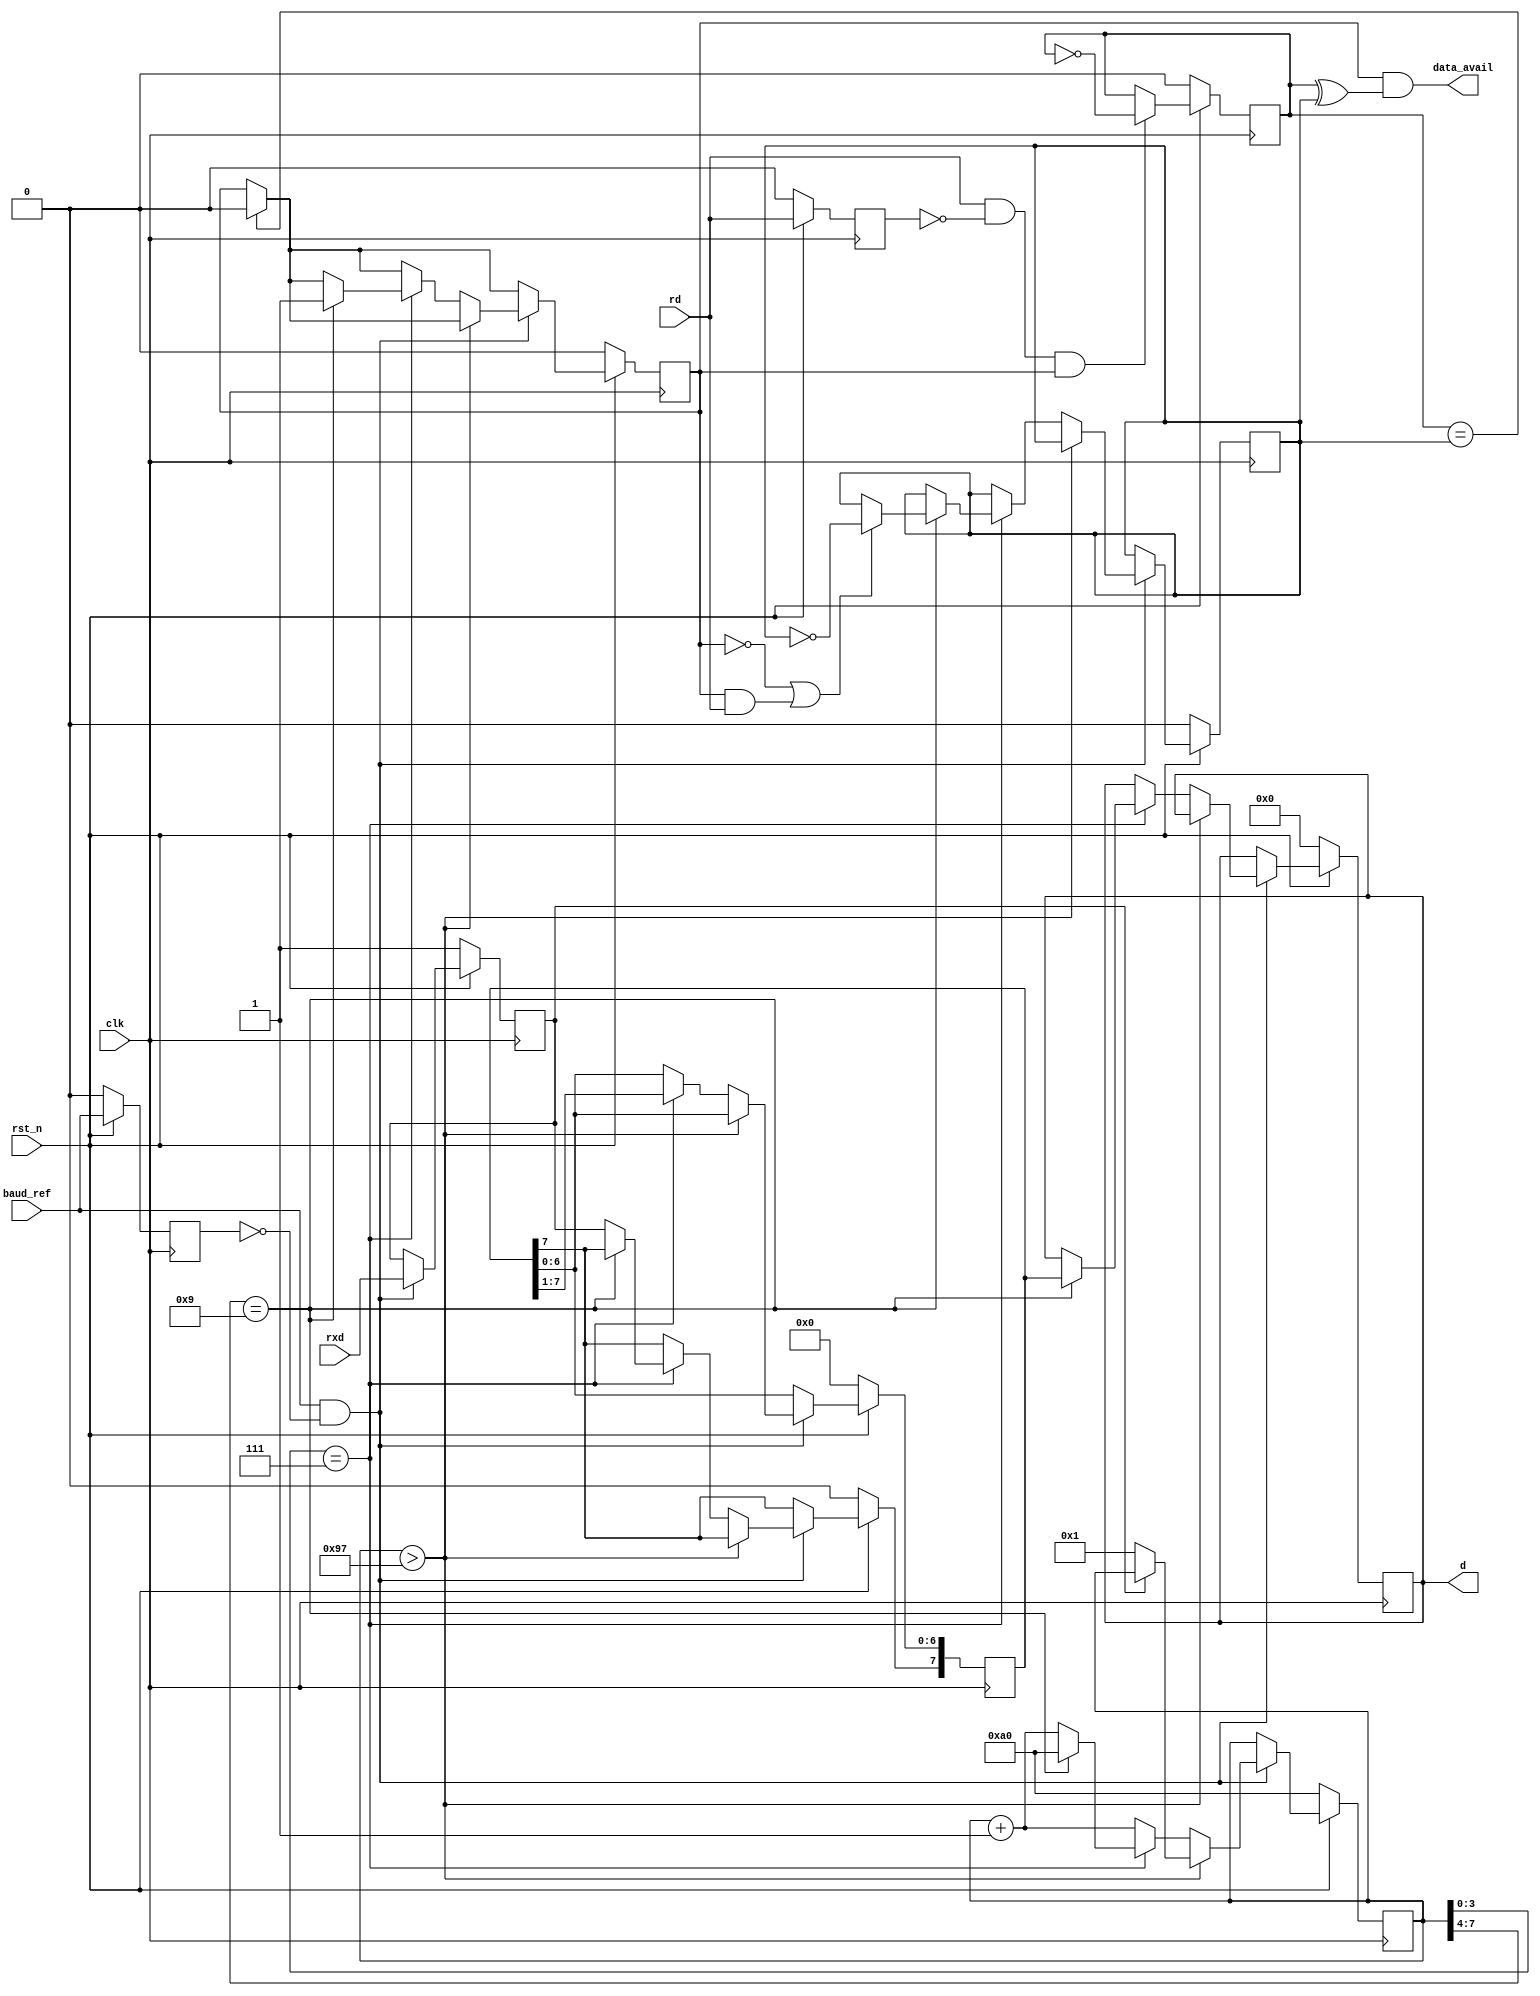
// This program was cloned from: https://github.com/kdp1965/tt06-um-lisa
// License: Apache License 2.0

/*
================================================================================
lisa_rx8n:  Lisa Peripheral Design for RX 8bit No parity

Copyright 1998-2015 Ken Pettit

Redistribution and use in source and binary forms, with or without
modification, are permitted provided that the following conditions
are met:
1. Redistributions of source code must retain the above copyright
   notice, this list of conditions and the following disclaimer.
2. Redistributions in binary form must reproduce the above copyright
   notice, this list of conditions and the following disclaimer in the
   documentation and/or other materials provided with the distribution.

THIS SOFTWARE IS PROVIDED BY THE AUTHOR AND CONTRIBUTORS ``AS IS'' AND
ANY EXPRESS OR IMPLIED WARRANTIES, INCLUDING, BUT NOT LIMITED TO, THE
IMPLIED WARRANTIES OF MERCHANTABILITY AND FITNESS FOR A PARTICULAR PURPOSE
ARE DISCLAIMED.  IN NO EVENT SHALL THE AUTHOR OR CONTRIBUTORS BE LIABLE
FOR ANY DIRECT, INDIRECT, INCIDENTAL, SPECIAL, EXEMPLARY, OR CONSEQUENTIAL
DAMAGES (INCLUDING, BUT NOT LIMITED TO, PROCUREMENT OF SUBSTITUTE GOODS
OR SERVICES; LOSS OF USE, DATA, OR PROFITS; OR BUSINESS INTERRUPTION)
HOWEVER CAUSED AND ON ANY THEORY OF LIABILITY, WHETHER IN CONTRACT, STRICT
LIABILITY, OR TORT (INCLUDING NEGLIGENCE OR OTHERWISE) ARISING IN ANY WAY
OUT OF THE USE OF THIS SOFTWARE, EVEN IF ADVISED OF THE POSSIBILITY OF
SUCH DAMAGE.

Written April 8, 1998
Kenneth D. Pettit
================================================================================
*/

module lisa_rx8n
  (
   // Timing and reset inputs
   input  wire                clk,              // System clock 
   input  wire                rst_n,            // Active low reset

   input  wire                baud_ref,         // Baud Rate reference
   input  wire                rxd,              // RX data
   input  wire                rd,               // Read signal

   output wire [7:0]          d,                // Output parallel data
   output wire                data_avail        // '1' when data available
   );

   // ================================================
   // Internal signals
   // ================================================
   reg  [7:0]        bit_count;                 // Count 0 to 160
   reg  [7:0]        shift;                     // Shift register
   reg  [7:0]        dbuf;                      // Data buffer
   reg               buffer_full;               // True when data in buffer

   reg               s_last_rd;                 // Previous read signal
   reg               s_rxd;                     // 

   reg               s_rd_idx;
   reg               s_wr_idx;
   reg               s_baud_edge;


   assign d = dbuf;
   assign data_avail = buffer_full & (s_rd_idx ^ s_wr_idx);

   // ================================================
   // Detect a read data condition
   // ================================================
   always @(posedge clk)
   begin
      if (~rst_n)
      begin
         s_last_rd <= 1'b0;
         s_rd_idx <= 1'b0;
      end
      else
      begin
         // Detect rd on rising edge of read clock
         if (rd & ~s_last_rd && buffer_full)
            s_rd_idx <= ~s_rd_idx;

         s_last_rd <= rd;
      end
   end

   // ================================================
   // RX data state machine
   // ================================================
   always @(posedge clk)
   begin
      if (~rst_n)
      begin
         buffer_full <= 1'b0;
         s_wr_idx <= 1'b0;
         bit_count <= 8'd160;
         shift <= 8'h0;
         dbuf <= 8'h0;
         s_rxd <= 1'b1;
         s_baud_edge <= 1'b0;
      end
      else
      begin
         // Create baud_ref edge detect
         s_baud_edge <= baud_ref;

         // If we have data in the FIFO and none in the output buffer,
         // then copy FIFO to output buffer.
         if (s_rd_idx == s_wr_idx)
         begin
            buffer_full <= 1'b0;
         end

         // Detect rising edge of baud_ref
         if (baud_ref & !s_baud_edge)
         begin
            // Save the RX sample
            s_rxd <= rxd;

            // Check if there is a receive active
            if (bit_count > 151)
            begin
               // --------------------------------------------
               // No receive active.  Check for start bit
               // --------------------------------------------
               if (s_rxd == 1'b0)
                  bit_count <= 1;               // Start bit found
            end
            else
            begin
               // --------------------------------------------
               // Receive Active.  Increment bit/clock counter
               // --------------------------------------------
               bit_count <= bit_count + 1;

               // Check if in middle of a bit time
               if (bit_count[3:0] == 4'h7)
               begin
                  // Shift the register bits
                  shift[6:0] <= shift[7:1];

                  // Check if in middle of last bit.  Latch data to output
                  // buffer and reset the counter.
                  if (bit_count[7:4] == 4'h9)
                  begin
                     buffer_full <= 1'b1;       // Indicate data available
                     dbuf <= shift;             // Save Data
                     if (!buffer_full || (buffer_full && rd))
                        s_wr_idx <= ~s_wr_idx;     // Update write index
                     bit_count <= 160;
                  end
                  else
                     shift[7] <= s_rxd;
               end
            end
         end
      end
   end

endmodule